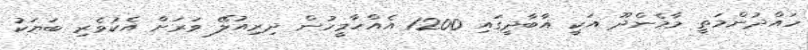
ހައްދުންމަތީ މާމެންދޫ އަކީ އާބާދީގައި 1200 އެއްހާމީހުން ދިރިއުލޭ ވަރަށް އެކުވެރި ބަޔަކު